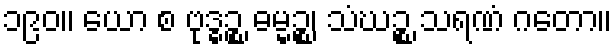
၁၉၀။ ယော စ ဗုဒ္ဓဉ္စ ဓမ္မဉ္စ၊ သံဃဉ္စ သရဏံ ဂတော။